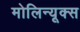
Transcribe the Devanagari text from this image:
मोलिन्यूक्स